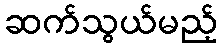
ဆက်သွယ်မည့်